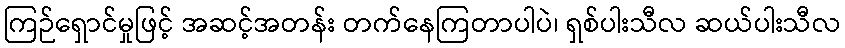
ကြဉ်ရှောင်မှုဖြင့် အဆင့်အတန်း တက်နေကြတာပါပဲ၊ ရှစ်ပါးသီလ ဆယ်ပါးသီလ